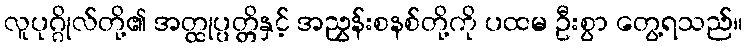
လူပုဂ္ဂိုလ်တို့၏ အတ္ထုပ္ပတ္တိနှင့် အညွှန်းစနစ်တို့ကို ပထမ ဦးစွာ တွေ့ရသည်။